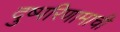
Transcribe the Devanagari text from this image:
दुष्परिणामाची